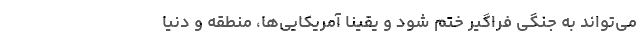
می‌تواند به جنگی فراگیر ختم شود و یقینا آمریکایی‌ها، منطقه و دنیا